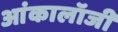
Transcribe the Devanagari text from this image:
आंकालॉजी